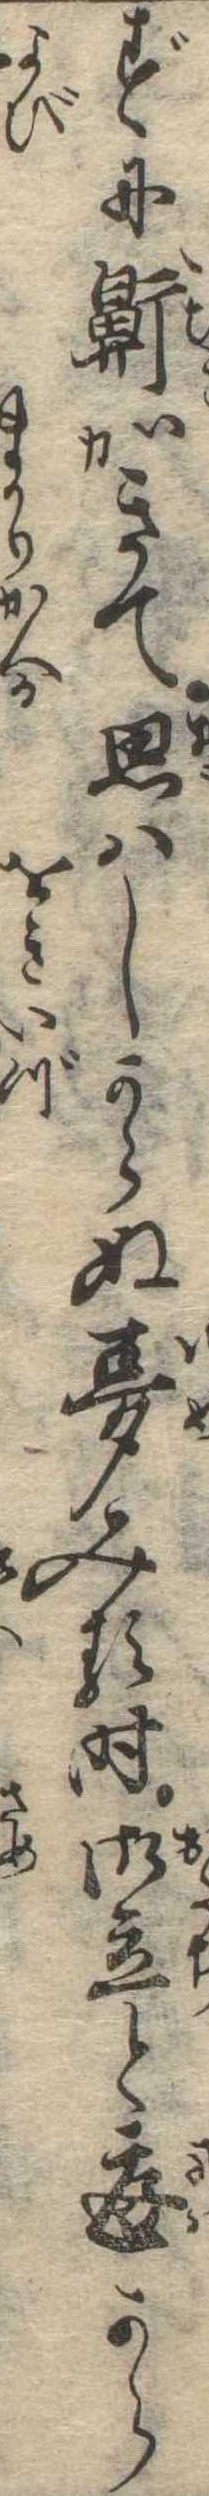
ずに鼾かきて思はしからぬ夢みる時御立と庭から